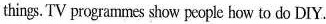
things.TV programmes show people how to do DIY.